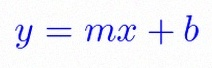
y=mx+b